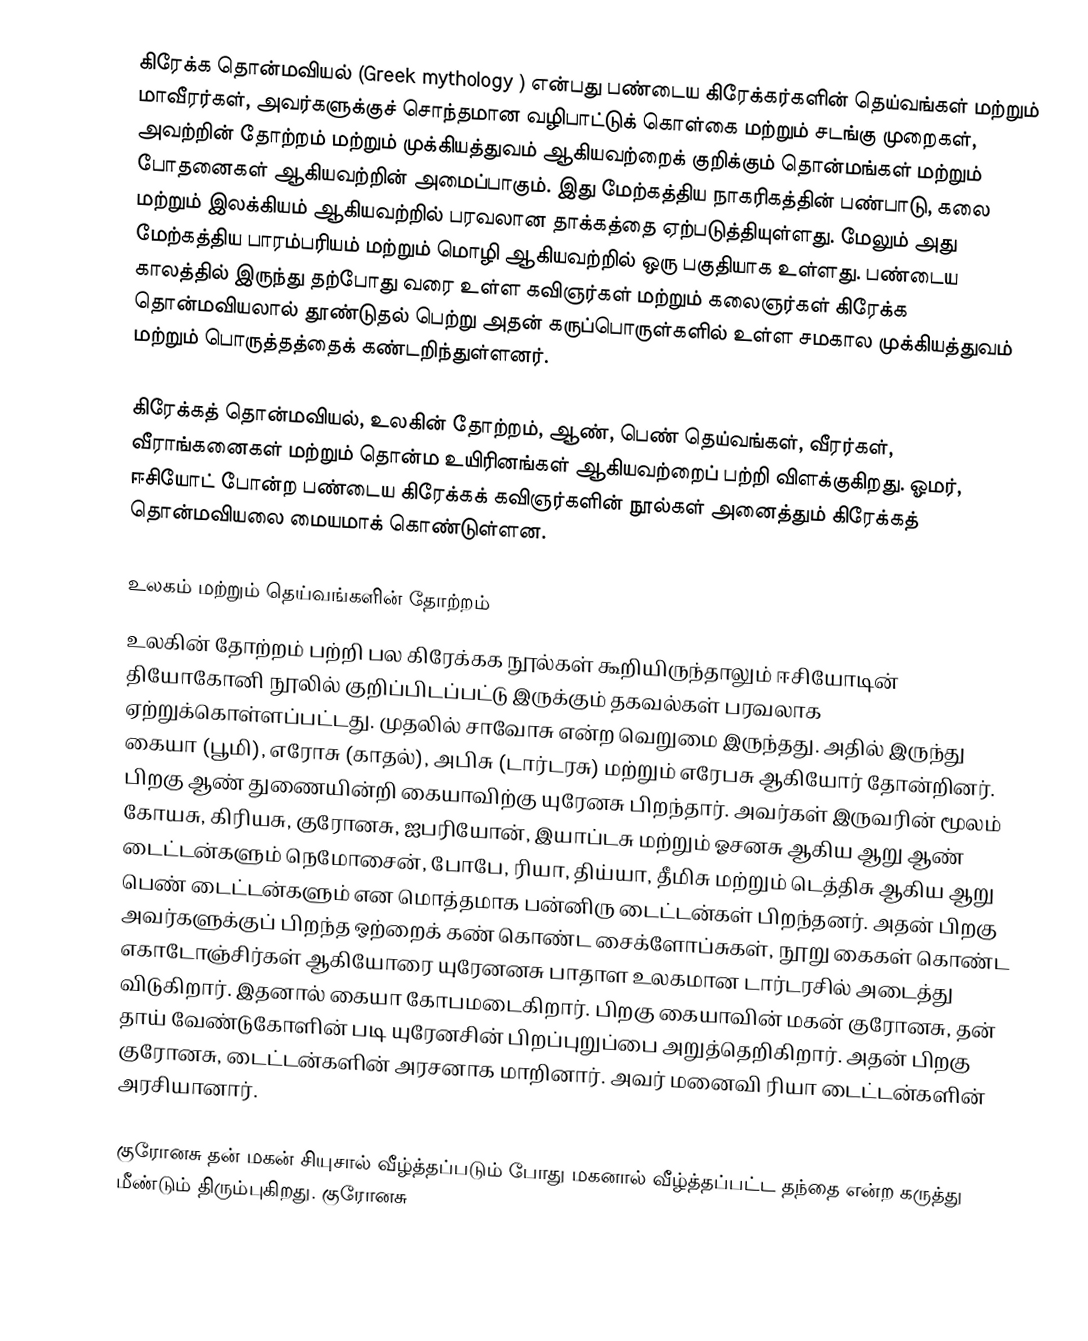
கிரேக்க தொன்மவியல் (Greek mythology ) என்பது பண்டைய கிரேக்கர்களின் தெய்வங்கள் மற்றும் மாவீரர்கள், அவர்களுக்குச் சொந்தமான வழிபாட்டுக் கொள்கை மற்றும் சடங்கு முறைகள், அவற்றின் தோற்றம் மற்றும் முக்கியத்துவம் ஆகியவற்றைக் குறிக்கும் தொன்மங்கள் மற்றும் போதனைகள் ஆகியவற்றின் அமைப்பாகும். இது மேற்கத்திய நாகரிகத்தின் பண்பாடு, கலை மற்றும் இலக்கியம் ஆகியவற்றில் பரவலான தாக்கத்தை ஏற்படுத்தியுள்ளது. மேலும் அது  மேற்கத்திய பாரம்பரியம் மற்றும் மொழி ஆகியவற்றில் ஒரு பகுதியாக உள்ளது. பண்டைய காலத்தில் இருந்து தற்போது வரை உள்ள கவிஞர்கள் மற்றும் கலைஞர்கள் கிரேக்க தொன்மவியலால் தூண்டுதல் பெற்று அதன் கருப்பொருள்களில் உள்ள சமகால முக்கியத்துவம் மற்றும் பொருத்தத்தைக் கண்டறிந்துள்ளனர்.

கிரேக்கத் தொன்மவியல், உலகின் தோற்றம், ஆண், பெண் தெய்வங்கள், வீரர்கள், வீராங்கனைகள் மற்றும் தொன்ம உயிரினங்கள் ஆகியவற்றைப் பற்றி விளக்குகிறது. ஓமர், ஈசியோட் போன்ற பண்டைய கிரேக்கக் கவிஞர்களின் நூல்கள் அனைத்தும் கிரேக்கத் தொன்மவியலை மையமாக் கொண்டுள்ளன.

உலகம் மற்றும் தெய்வங்களின் தோற்றம்
உலகின் தோற்றம் பற்றி பல கிரேக்கக நூல்கள் கூறியிருந்தாலும் ஈசியோடின் தியோகோனி நூலில் குறிப்பிடப்பட்டு இருக்கும் தகவல்கள் பரவலாக ஏற்றுக்கொள்ளப்பட்டது. முதலில் சாவோசு என்ற வெறுமை இருந்தது. அதில் இருந்து கையா (பூமி), எரோசு (காதல்), அபிசு (டார்டரசு) மற்றும் எரேபசு ஆகியோர் தோன்றினர். பிறகு ஆண் துணையின்றி கையாவிற்கு யுரேனசு பிறந்தார். அவர்கள் இருவரின் மூலம் கோயசு, கிரியசு, குரோனசு, ஐபரியோன், இயாப்டசு மற்றும் ஓசனசு ஆகிய ஆறு ஆண் டைட்டன்களும் நெமோசைன், போபே, ரியா, திய்யா, தீமிசு மற்றும் டெத்திசு ஆகிய ஆறு பெண் டைட்டன்களும் என மொத்தமாக பன்னிரு டைட்டன்கள் பிறந்தனர். அதன் பிறகு அவர்களுக்குப் பிறந்த ஒற்றைக் கண் கொண்ட சைக்ளோப்சுகள், நூறு கைகள் கொண்ட எகாடோஞ்சிர்கள் ஆகியோரை யுரேனனசு பாதாள உலகமான டார்டரசில் அடைத்து விடுகிறார். இதனால் கையா கோபமடைகிறார். பிறகு கையாவின் மகன் குரோனசு, தன் தாய் வேண்டுகோளின் படி யுரேனசின் பிறப்புறுப்பை அறுத்தெறிகிறார். அதன் பிறகு குரோனசு, டைட்டன்களின் அரசனாக மாறினார். அவர் மனைவி ரியா டைட்டன்களின் அரசியானார்.

குரோனசு தன் மகன் சியுசால் வீழ்த்தப்படும் போது மகனால் வீழ்த்தப்பட்ட தந்தை என்ற கருத்து மீண்டும் திரும்புகிறது. குரோனசு